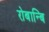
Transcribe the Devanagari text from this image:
रोबान्बि